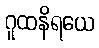
ဂူထနိရယေ